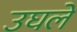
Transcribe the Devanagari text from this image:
उघले